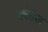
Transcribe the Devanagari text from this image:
रोचेरोफ्त